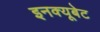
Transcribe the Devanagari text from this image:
इनक्यूबेट